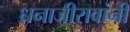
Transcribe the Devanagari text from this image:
धनाजीरावांनी